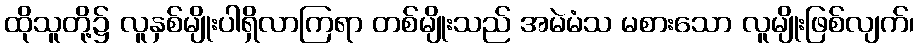
ထိုသူတို့၌ လူနှစ်မျိုးပါရှိလာကြရာ တစ်မျိုးသည် အမဲမံသ မစားသော လူမျိုးဖြစ်လျက်၊